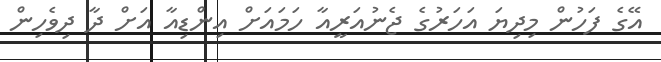
އޭގެ ފަހުން މިދިޔަ އަހަރުގެ ޖެނުއަރީއާ ހަމައަށް އިންޑިއާ އަށް ދާ ދިވެހިން